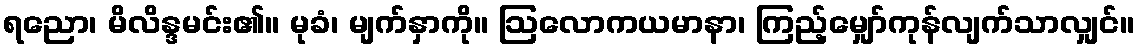
ရညော၊ မိလိန္ဒမင်း၏။ မုခံ၊ မျက်နှာကို။ ဩလောကယမာနာ၊ ကြည့်မျှော်ကုန်လျက်သာလျှင်။